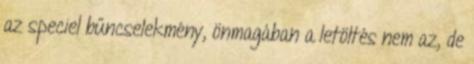
az speciel bűncselekmény, önmagában a letöltés nem az, de